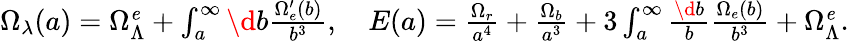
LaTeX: \begin{array}{r}{\Omega_{\lambda}(a)=\Omega_{\Lambda}^{\mathit e}+\int_{a}^{\infty}\d b\frac{\Omega_{e}^{\prime}(b)}{b^{3}},\quad E(a)=\frac{\Omega_{r}}{a^{4}}+\frac{\Omega_{b}}{a^{3}}+3\int_{a}^{\infty}\frac{\d b}{b}\frac{\Omega_{e}(b)}{b^{3}}+\Omega_{\Lambda}^{\mathit e}.}\end{array}